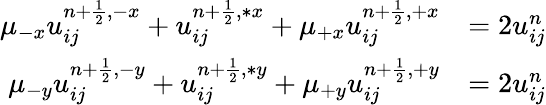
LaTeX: \begin{array}{rl}{\mu_{-x}u_{ij}^{{n+\frac{1}{2}},-x}+u_{ij}^{n+\frac{1}{2},\ast x}+\mu_{+x}u_{ij}^{{n+\frac{1}{2}},+x}}&{=2u_{ij}^{n}}\\ {\mu_{-y}u_{ij}^{{n+\frac{1}{2}},-y}+u_{ij}^{n+\frac{1}{2},\ast y}+\mu_{+y}u_{ij}^{{n+\frac{1}{2}},+y}}&{=2u_{ij}^{n}}\end{array}